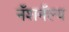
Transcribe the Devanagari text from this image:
नॅशनॅल्य